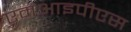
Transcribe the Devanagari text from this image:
एमआइपीएस